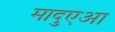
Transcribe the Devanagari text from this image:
मादुएआ